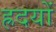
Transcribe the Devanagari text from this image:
ह्रदयों